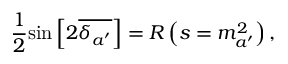
\frac { 1 } { 2 } \mathrm { { s i n } } \left[ 2 \overline { { { \delta _ { a ^ { \prime } } } } } \right] = R \left( s = m _ { a ^ { \prime } } ^ { 2 } \right) ,